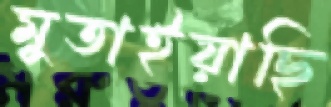
মুতাইয়াছি